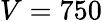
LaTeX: V=750